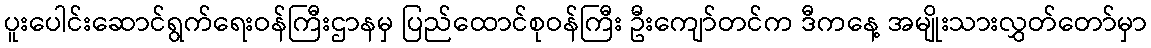
ပူးပေါင်းဆောင်ရွက်ရေးဝန်ကြီးဌာနမှ ပြည်ထောင်စုဝန်ကြီး ဦးကျော်တင်က ဒီကနေ့ အမျိုးသားလွှတ်တော်မှာ